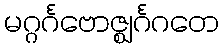
မဂ္ဂင်္ဂဗောဇ္ဈင်္ဂဂတေ